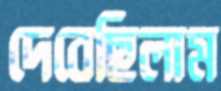
দেবেছিলাম